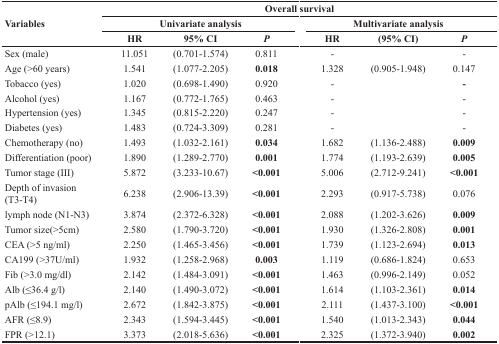
<table><thead><tr><td rowspan="3"><b>Variables </b></td><td colspan="6"><b>Overall survival</b></td></tr><tr><td colspan="3"><b>Univariate analysis</b></td><td colspan="3"><b>Multivariate analysis</b></td></tr><tr><td><b>HR</b></td><td><b>95% CI</b></td><td><b><i>P</i></b></td><td><b>HR</b></td><td><b>(95% CI)</b></td><td><b><i>P</i></b></td></tr></thead><tbody><tr><td>Sex (male)</td><td>11.051</td><td>(0.701-1.574)</td><td>0.811</td><td>-</td><td></td><td>-</td></tr><tr><td>Age (&gt;60 years)</td><td>1.541</td><td>(1.077-2.205)</td><td><b>0.018</b></td><td>1.328</td><td>(0.905-1.948)</td><td>0.147</td></tr><tr><td>Tobacco (yes)</td><td>1.020</td><td>(0.698-1.490)</td><td>0.920</td><td>-</td><td></td><td><b>-</b></td></tr><tr><td>Alcohol (yes)</td><td>1.167</td><td>(0.772-1.765)</td><td>0.463</td><td>-</td><td></td><td>-</td></tr><tr><td>Hypertension (yes)</td><td>1.345</td><td>(0.815-2.220)</td><td>0.247</td><td>-</td><td></td><td>-</td></tr><tr><td>Diabetes (yes)</td><td>1.483</td><td>(0.724-3.309)</td><td>0.281</td><td>-</td><td></td><td>-</td></tr><tr><td>Chemotherapy (no)</td><td>1.493</td><td>(1.032-2.161)</td><td><b>0.034</b></td><td>1.682</td><td>(1.136-2.488)</td><td><b>0.009</b></td></tr><tr><td>Differentiation (poor)</td><td>1.890</td><td>(1.289-2.770)</td><td><b>0.001</b></td><td>1.774</td><td>(1.193-2.639)</td><td><b>0.005</b></td></tr><tr><td>Tumor stage (III)</td><td>5.872</td><td>(3.233-10.67)</td><td><b>&lt;0.001</b></td><td>5.006</td><td>(2.712-9.241)</td><td><b>&lt;0.001</b></td></tr><tr><td>Depth of invasion (T3-T4)</td><td>6.238</td><td>(2.906-13.39)</td><td><b>&lt;0.001</b></td><td>2.293</td><td>(0.917-5.738)</td><td>0.076</td></tr><tr><td>lymph node (N1-N3)</td><td>3.874</td><td>(2.372-6.328)</td><td><b>&lt;0.001</b></td><td>2.088</td><td>(1.202-3.626)</td><td><b>0.009</b></td></tr><tr><td>Tumor size(&gt;5cm)</td><td>2.580</td><td>(1.790-3.720)</td><td><b>&lt;0.001</b></td><td>1.930</td><td>(1.326-2.808)</td><td><b>0.001</b></td></tr><tr><td>CEA (&gt;5 ng/ml)</td><td>2.250</td><td>(1.465-3.456)</td><td><b>&lt;0.001</b></td><td>1.739</td><td>(1.123-2.694)</td><td><b>0.013</b></td></tr><tr><td>CA199 (&gt;37U/ml)</td><td>1.932</td><td>(1.258-2.968)</td><td><b>0.003</b></td><td>1.119</td><td>(0.686-1.824)</td><td>0.653</td></tr><tr><td>Fib (&gt;3.0 mg/dl)</td><td>2.142</td><td>(1.484-3.091)</td><td><b>&lt;0.001</b></td><td>1.463</td><td>(0.996-2.149)</td><td>0.052</td></tr><tr><td>Alb (≤36.4 g/l)</td><td>2.140</td><td>(1.490-3.072)</td><td><b>&lt;0.001</b></td><td>1.614</td><td>(1.103-2.361)</td><td><b>0.014</b></td></tr><tr><td>pAlb (≤194.1 mg/l)</td><td>2.672</td><td>(1.842-3.875)</td><td><b>&lt;0.001</b></td><td>2.111</td><td>(1.437-3.100)</td><td><b>&lt;0.001</b></td></tr><tr><td>AFR (≤8.9)</td><td>2.343</td><td>(1.594-3.445)</td><td><b>&lt;0.001</b></td><td>1.540</td><td>(1.013-2.343)</td><td><b>0.044</b></td></tr><tr><td>FPR (&gt;12.1)</td><td>3.373</td><td>(2.018-5.636)</td><td><b>&lt;0.001</b></td><td>2.325</td><td>(1.372-3.940)</td><td><b>0.002</b></td></tr></tbody></table>